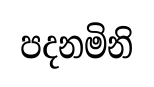
පදනමිනි